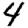
Digit: 4